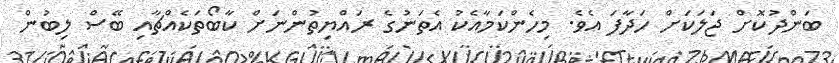
ބަންދުކޮށް ޖަލަކަށް ހަދާފަ އެވެ. މިހެންކަމާއެކު އެތަނުގެ ރައްޔިތުންނަށް ކާބޯތަކެއްޗާއި ބޭސް ލިބުން